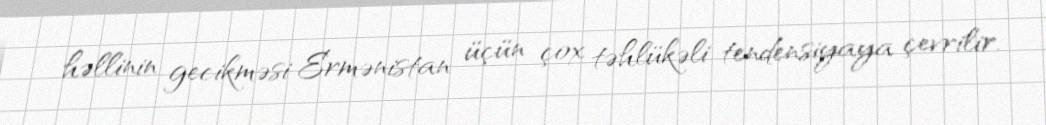
həllinin gecikməsi Ermənistan üçün çox təhlükəli tendensiyaya çevrilir.